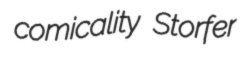
comicality Storfer